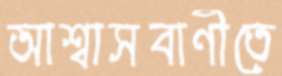
আশ্বাসবাণীতে